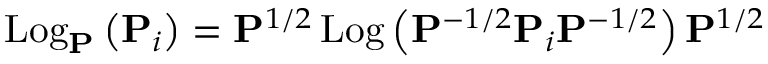
\operatorname { L o g } _ { \mathbf { P } } \left( \mathbf { P } _ { i } \right) = \mathbf { P } ^ { 1 / 2 } \operatorname { L o g } \left( \mathbf { P } ^ { - 1 / 2 } \mathbf { P } _ { i } \mathbf { P } ^ { - 1 / 2 } \right) \mathbf { P } ^ { 1 / 2 }